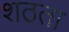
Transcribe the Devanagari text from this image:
शठता